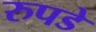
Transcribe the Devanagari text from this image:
रुपडे